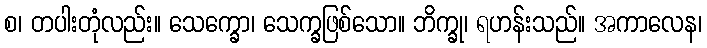
စ၊ တပါးတုံလည်း။ သေက္ခော၊ သေက္ခဖြစ်သော။ ဘိက္ခု၊ ရဟန်းသည်။ အကာလေန၊